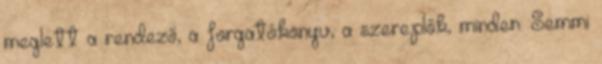
meglett a rendező, a forgatókönyv, a szereplők, minden. Semmi